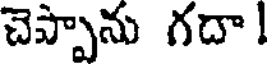
చెప్పాను గదా!